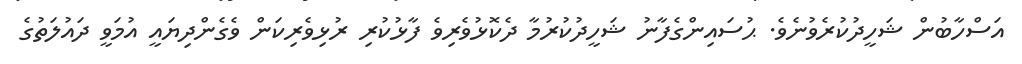
އަސްހާބުން ޝަހީދުކުރެވުނެވެ. ޙުސައިންގެފާނު ޝަހީދުކުރުމާ ދެކޮޅުވެރިވެ ފާޅުކުރި ރުޅިވެރިކަން ވެގެންދިޔައީ އުމަވީ ދައުލަތުގެ